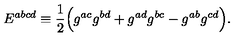
E ^ { a b c d } \equiv { \frac { 1 } { 2 } } \Bigr ( g ^ { a c } g ^ { b d } + g ^ { a d } g ^ { b c } - g ^ { a b } g ^ { c d } \Bigr ) .